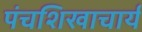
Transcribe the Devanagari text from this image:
पंचशिखाचार्य